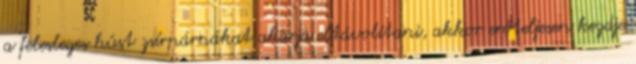
a felesleges húst zsírpárnákat akarja eltávolítani, akkor erőteljesen kezdje